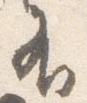
有